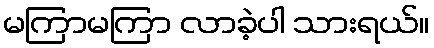
မကြာမကြာ လာခဲ့ပါ သားရယ်။